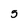
Character: 5